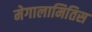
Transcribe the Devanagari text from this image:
मेगालामितिस